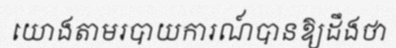
យោងតាមរបាយការណ៍បានឱ្យដឹងថា